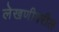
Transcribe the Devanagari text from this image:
लेखणीवरील